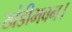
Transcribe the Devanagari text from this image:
खंडीभवन।